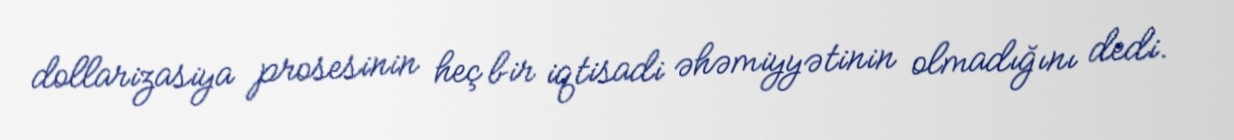
dollarizasiya prosesinin heç bir iqtisadi əhəmiyyətinin olmadığını dedi.